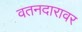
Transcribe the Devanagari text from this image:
वतनदारावर